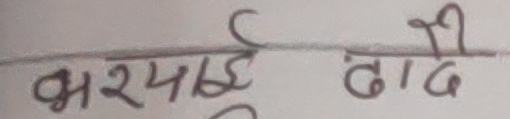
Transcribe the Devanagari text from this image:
भर्याई ढाडे